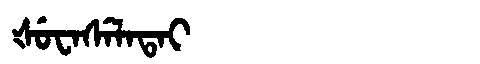
Manchu: ᡧᡠᠸᠠᠰᡝᠯᠠᡨᠠᡳ
Romanization: ŠUWASELATAI